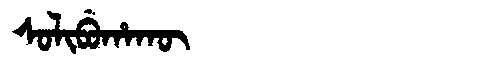
Manchu: ᠰᠣᠯᡳᠪᡠᡥᠠᡴᡡ
Romanization: SOLIBUHAKŪ